Annual report on the working of the lock hospitals in the North-Western Provinces and Oudh
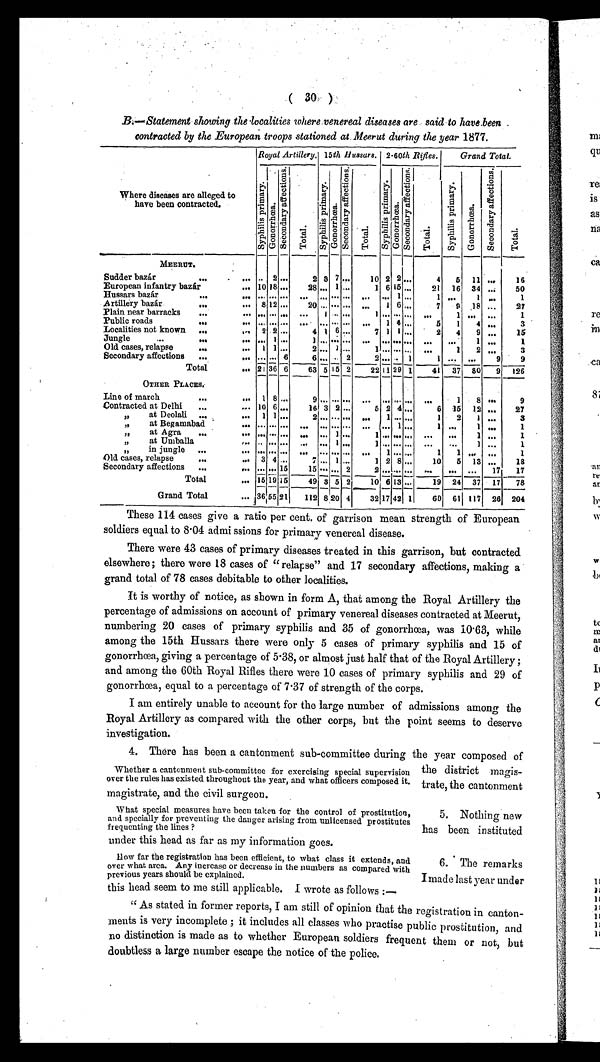
( 30 )
B.—Statement showing the localities where venereal diseases are said to have been
contracted by the European troops stationed at. Meerut during the year 1877.
Where diseases are alleged
have been contracted.
Royal Artillery. 15th Hussars. 2.60th Rifles.
Grand Total.
S y p h i l i s p r i m a r y .
G o n o r r h œ a .
S e c o n d a r y a f f e c t i o n s .
T o t a l .
S y p h i l i s p r i m a r y .
G o n o r r h œ a .
S e c o n d a r y a f f e c t i o n s .
T o t a l .
S y p h i l i s p r i m a r y .
G o n o r r h œ a .
S e c o n d a r y a f f e c t i o n s .
T o t a l .
S y p h i l i s p r i m a r y .
G o n o r r h œ a .
S e c o n d a r y a f f e c t i o n s .
T o t a l .
MEERUT.
Sudder bazar
...
. . .
2
2 3 7 ...
10 2 2 ...
4 5 11 ...
16
European infantry bazár
. . . 10 18 . . .
28 ... 1
1 6 15 ...
21 16 34 ..
50
Hussars bazár
. . .
1
1 . . .
1
. . .
1
Artillery bazár
. . .
... 8 12 ...
20
,„
1 6 .„
7 9 18 ....
27
Plain near barracks
. . .
. . . ... . . . . . .
1
1
1
Public roads
. . .
1 4
5
1
4 .„
3
Localities not known . . .
2 2
4 1 6
7 1 1 ...
2 4 9 ...
15
Jungle
...
. . .
1
1
1
1
Old cases, relapse
. . .
1 1
2 ... 1 ...
1 ... ... ... ...
1
2 ...
3
Secondary affections ...
6
6 ...
2
2 ... . . . 1
1
9
9
Tot al . . .
. . . 21 36 6
63 5 15 2
22 11 29 1
41 37 80 9 126
OTHER PLACES.
Line of march
. . .
. . . 1 8
9
1
8
9
Contracted at Delhi
,„
... 10 6
16 3 2 ...
5 2 4 ...
6 15 12 ...
27
, ,
at Deolali ...
1 1
2
1
2 1 „,
3
, ,
at Begamabad
1
1
1
, ,
at Agra
...
1
1 ...
1 ...
1
, ,
at Umballa
1
1 ...
1
, ,
in jungle ...
1 1
1
Old cases, relapse
•••
... 3 4
7 ... 1 ...
1 2 8 ...
10 5 13
18
Secondary affections ...
15
15 ... 2
2 ... ... ...
... ...
1.7 17
Total
... 15 19 15
49 3 5 2
10 6 13 ...
19 24 37 17 78
Grand Total
... 3 6 5 5
21
112 8 20 4
32 17 42 1
60 61 117 26 204
These 114 cases give a ratio per cent. of garrison mean strength of European
soldiers equal to 8·04 admi ssions for primary venereal disease.
There were 43 cases of primary diseases treated in this garrison, but contracted
elsewhere; there were 18 cases of "relapse" and 17 secondary affections, making a
grand total of 78 cases debitable to other localities.
It is worthy of notice, as shown in form A, that among the Royal Artillery the
percentage of admissions on account of primary venereal diseases contracted at Meerut,
numbering 20 cases of primary syphilis and 35 of gonorrhœa, was 10·63, while
among the 15th Hussars there were only 5 cases of primary syphilis and 15 of
gonorrhœa, giving a percentage of 5·38, or almost just half that of the Royal Artillery ;
and among the 60th Royal Rifles there were 10 cases of primary syphilis and 29 of
gonorrhœa, equal to a percentage of 7·37 of strength of the corps.
I am entirely unable to account for the large number of admissions among the
Royal Artillery as compared with the other corps, but the point seems to deserve
investigation.
4. There has been a cantonment sub-committee during the year composed of
the district magis
trate, the cantonment
magistrate, and the civil surgeon.
What special measures have been taken for the control of prostitution,
and specially for preventing the danger arising from unlicensed prostitutes
frequenting the lines ?
How far the registration has been efficient, to what class it extends, and
over what area. Any increase or decrease in the numbers as compared with
previous years should be explained.
" As stated in former reports, I am still of opinion that the registration in canton-
ments is very incomplete ; it includes all classes who practise public prostitution, and
no distinction is made as to whether European soldiers frequent them or not, but
doubtless a large number escape the notice of the police.
Whether a cantonment sub-committee for exercising special supervision
over the rules has existed throughout the year, and what officers composed it.
5. Nothing new
has been instituted
under this head as far as my information goes.
6. The remarks
I made last year under
this head seem to me still applicable. I wrote as follows :—